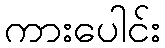
ကားပေါင်း